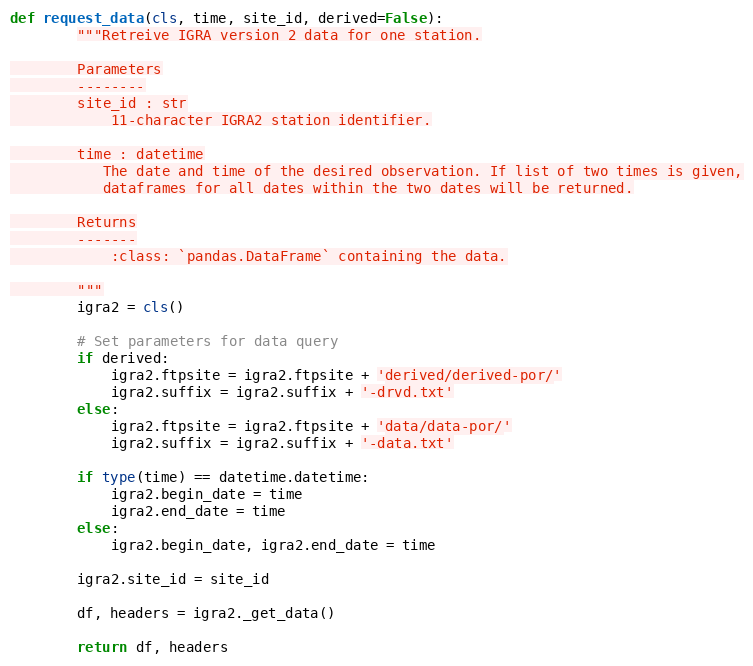
Language: Python
def request_data(cls, time, site_id, derived=False):
        """Retreive IGRA version 2 data for one station.

        Parameters
        --------
        site_id : str
            11-character IGRA2 station identifier.

        time : datetime
           The date and time of the desired observation. If list of two times is given,
           dataframes for all dates within the two dates will be returned.

        Returns
        -------
            :class: `pandas.DataFrame` containing the data.

        """
        igra2 = cls()

        # Set parameters for data query
        if derived:
            igra2.ftpsite = igra2.ftpsite + 'derived/derived-por/'
            igra2.suffix = igra2.suffix + '-drvd.txt'
        else:
            igra2.ftpsite = igra2.ftpsite + 'data/data-por/'
            igra2.suffix = igra2.suffix + '-data.txt'

        if type(time) == datetime.datetime:
            igra2.begin_date = time
            igra2.end_date = time
        else:
            igra2.begin_date, igra2.end_date = time

        igra2.site_id = site_id

        df, headers = igra2._get_data()

        return df, headers